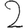
Digit: 2